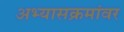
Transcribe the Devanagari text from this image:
अभ्यासक्रमांवर